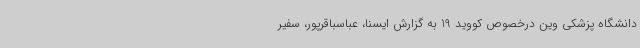
دانشگاه پزشکی وین درخصوص کووید 19 به گزارش ایسنا، عباسباقرپور، سفیر